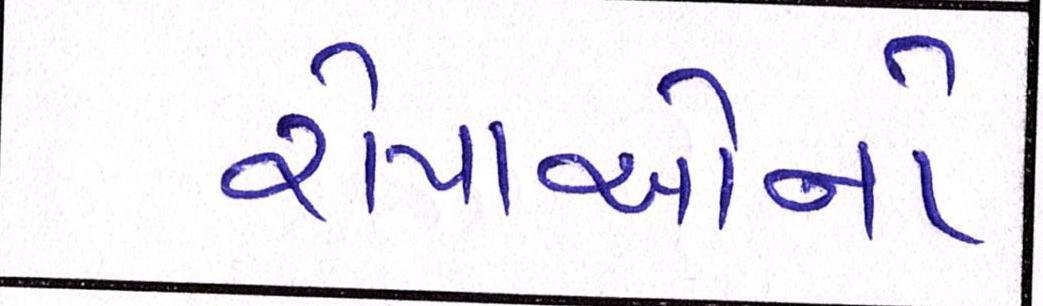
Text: રોપાઓનો